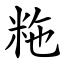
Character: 粚